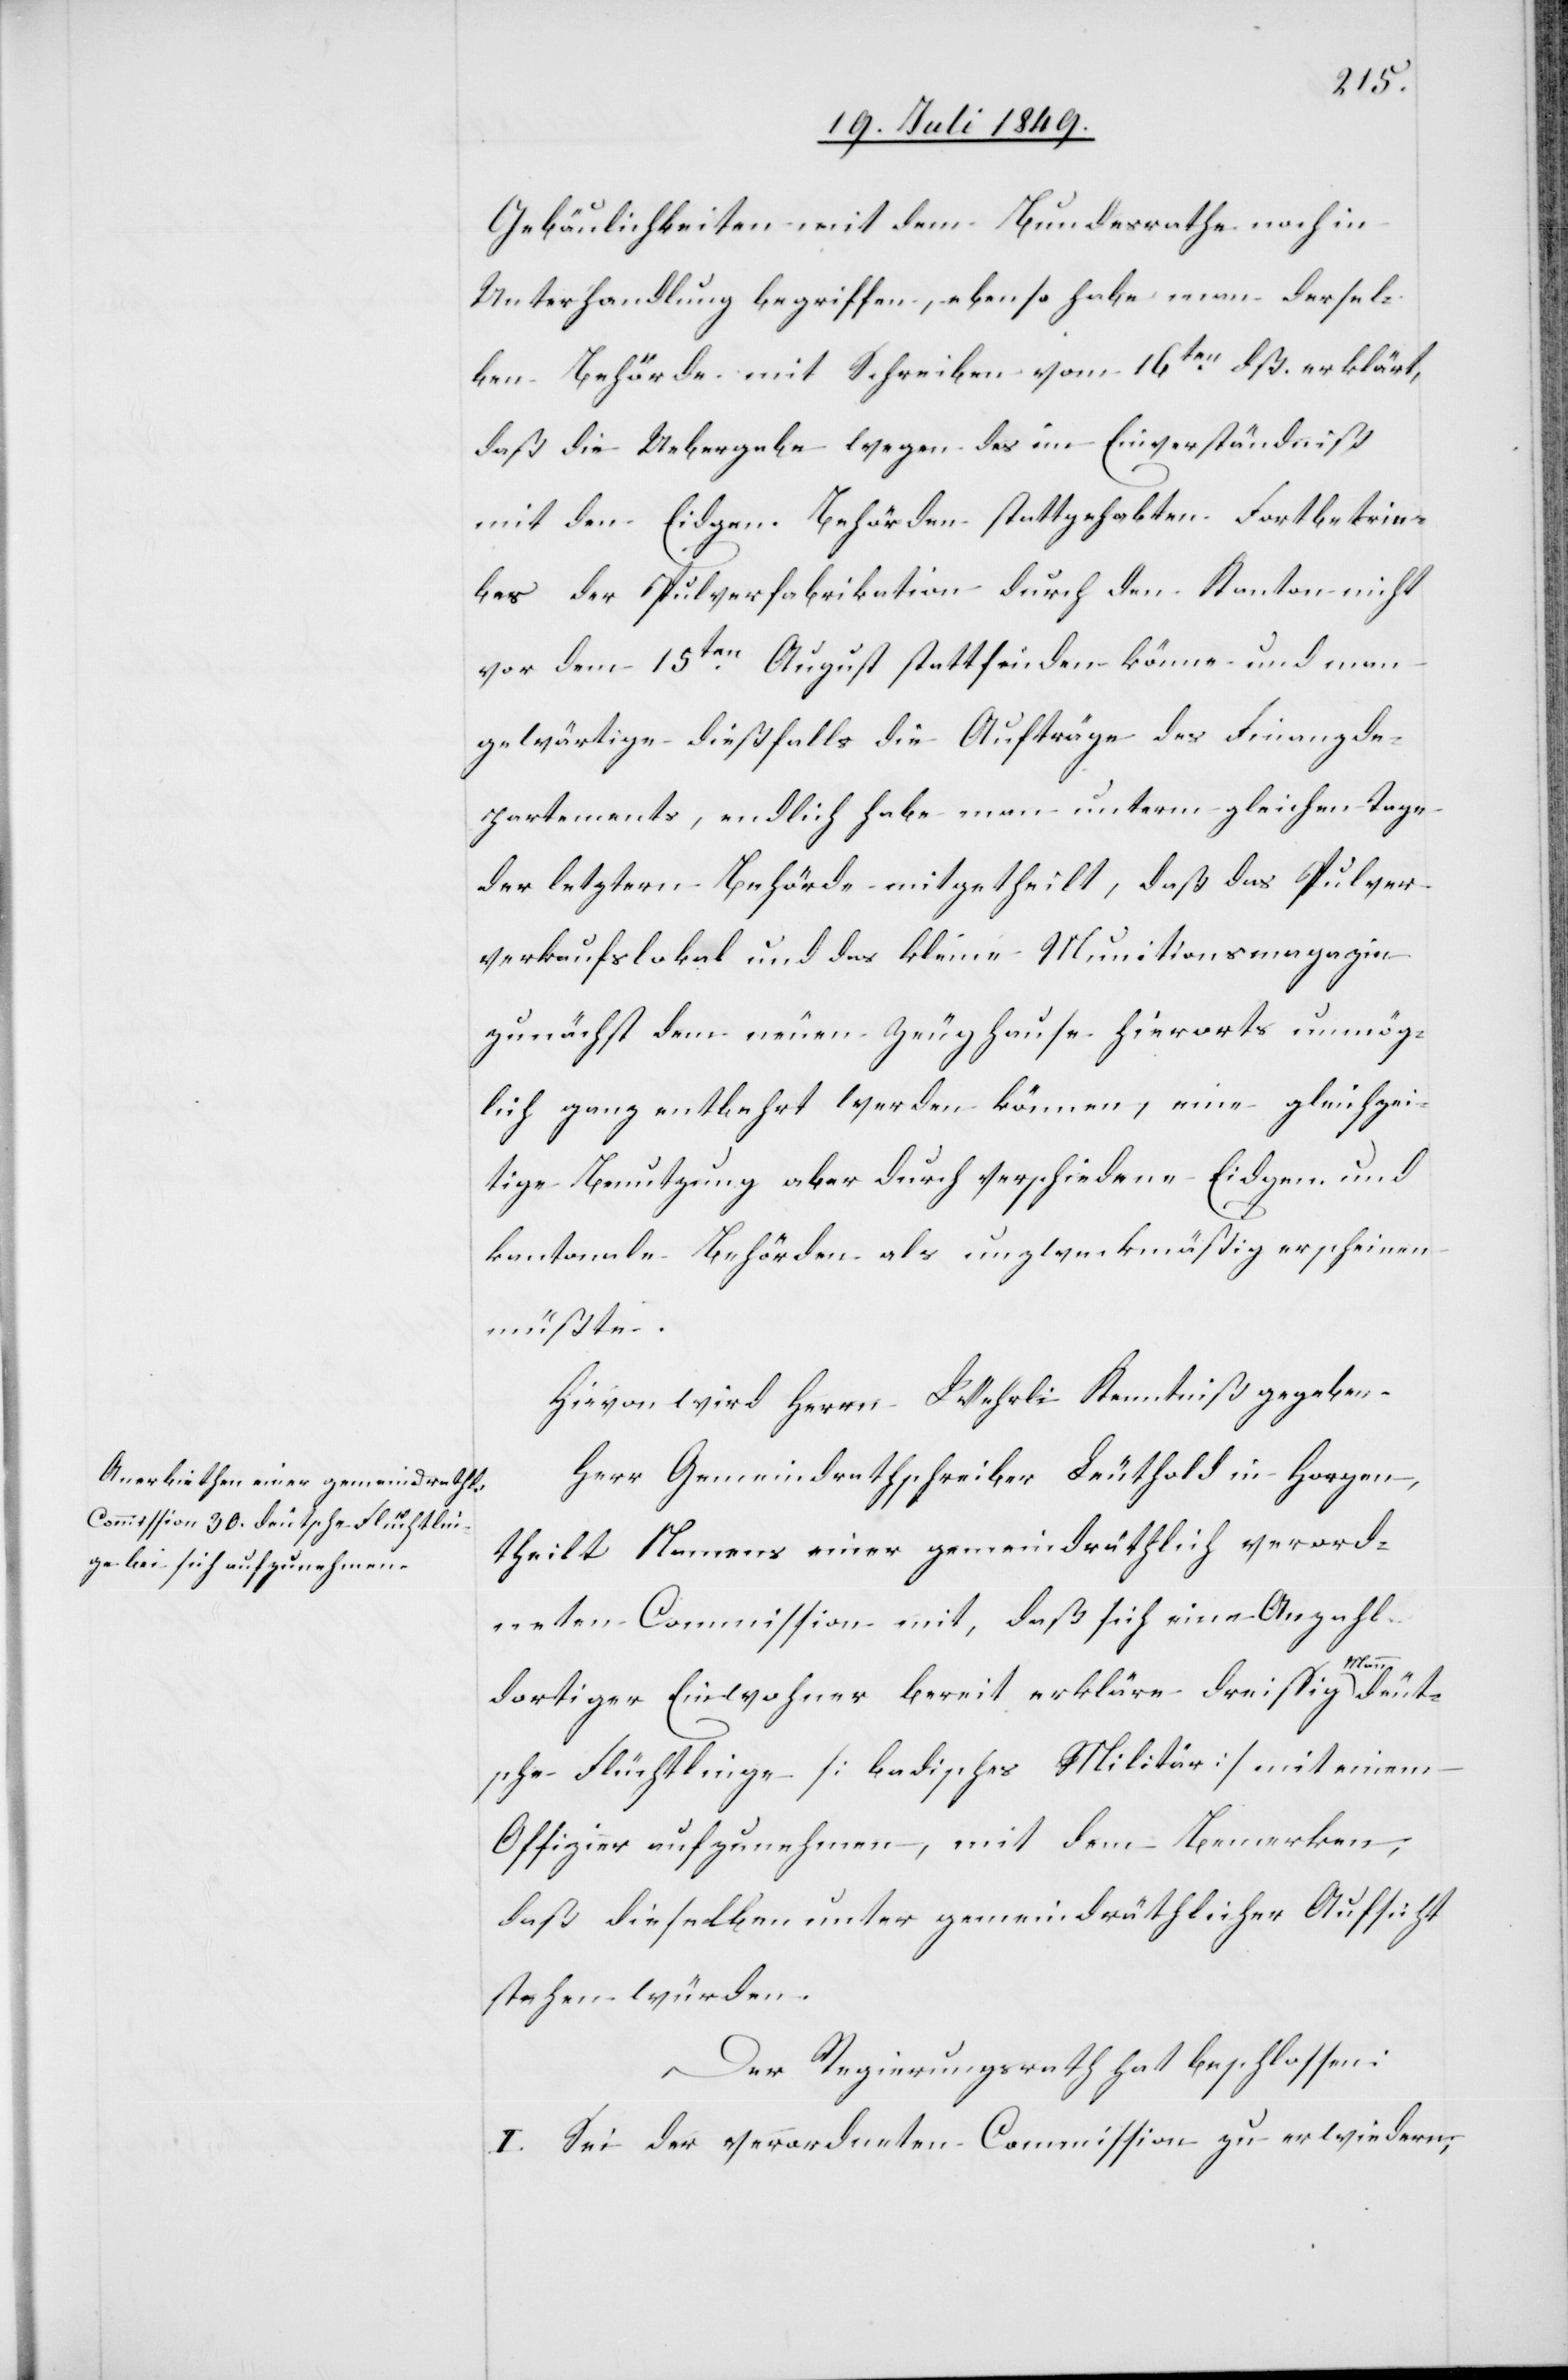
deut¬
Gebäulichkeiten mit dem Bundesrathe noch in
Unterhandlung begriffen, ebenso habe man dersel¬
ben Behörde mit Schreiben vom 16ten dß. erklärt,
daß die Uebergabe wegen des im Einverständniß
mit den Eidgen. Behörden stattgehabten Fortbetrie¬
bes der Pulverfabrikation durch den Kanton nicht
vor dem 15ten August stattfinden könne und man
gewärtige dießfalls die Aufträge des Finanzde¬
partements, endlich habe man unterm gleichen Tage
der letztern Behörde mitgetheilt, daß das Pulver¬
verkaufslokal und das kleine Munitionsmagazin
zunächst dem neuen Zeughause hierorts unmög¬
lich ganz entbehrt werden können, eine gleichzei¬
tige Benutzung aber durch verschiedene Eidgen. und
kantonale Behörden als unzweckmäßig erscheinen
müßte.
Herr Gemeindrathschreiber Leuthold in Horgen,
theilt Namens einer gemeindräthlich verord¬
neten Commission mit, daß sich eine Anzahl
dortiger Einwohner bereit erkläre dreissig Mann
sche Flüchtlinge [badisches Militär] mit einem
Offizier aufzunehmen, mit dem Bemerken,
daß dieselben unter gemeindräthlicher Aufsicht
stehen würden.
Der Regierungsrath hat beschlossen:
I. Sei der verordneten Commission zu erwiedern;